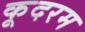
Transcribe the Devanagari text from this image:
कूदरम